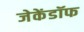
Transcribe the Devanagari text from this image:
जेकेंडॉफ